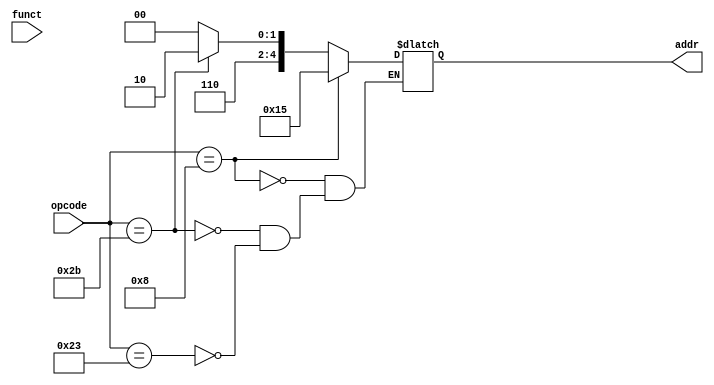
module DT3(opcode,funct,addr);

input [5:0] opcode;
input [5:0] funct;

output [4:0] addr;
reg [4:0] addr;

always @(*) begin
	
	if(opcode==6'b100011)//lw
		begin

			addr=5'b11000;					//23-->24
		
		end

		if(opcode==6'b101011)//sw
		begin
	
			addr=5'b11010;					//24-->26
		end

		if(opcode==6'b001000)//addi	
		begin

			addr=5'b10101;					//25-->21
		end

end

endmodule